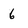
Character: 6